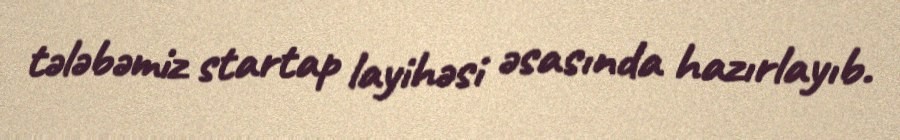
tələbəmiz startap layihəsi əsasında hazırlayıb.